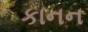
કાનન